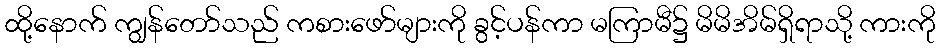
ထို့နောက် ကျွန်တော်သည် ကစားဖော်များကို ခွင့်ပန်ကာ မကြာမီ၌ မိမိအိမ်ရှိရာသို့ ကားကို